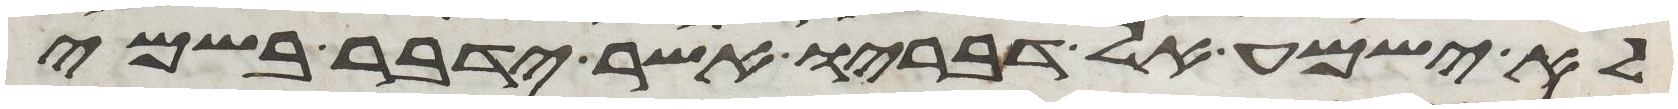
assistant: לא ישמע אל דבריו אשר ידבר בשמי